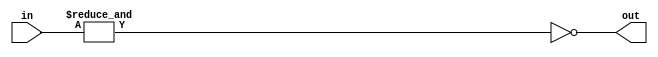
module f4_TECH_NAND2(input [1:0] in, output out);
assign out = ~(&in);
endmodule